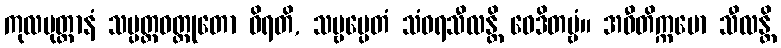
ကုလပုတ္တာနံ သမ္ပတ္တဝတ္ထုတော ဝိရတိ, သဗ္ဗမ္ပေတံ သံဝရသီလန္တိ ဝေဒိတဗ္ဗံ။ အဝီတိက္ကမော သီလန္တိ